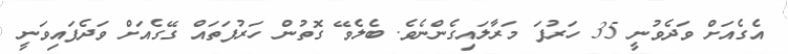
އެގެއަށް ވަދެވުނީ 35 ހަރުފަ މަރާލައިގެންނެވެ. ބެލެވޭ ގޮތުން ހަރުފަތައް ގޭގެއަށް ވަދެފައިވަނީ